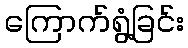
ကြောက်ရွံ့ခြင်း